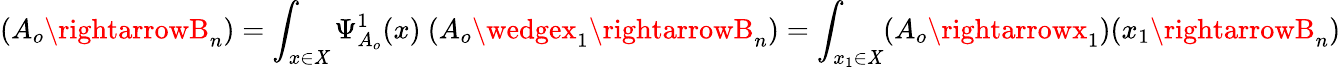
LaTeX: (A_{o}\rightarrowB_{n})=\int_{x\in\mathit{X}}\Psi_{A_{o}}^{1}(x)\ (A_{o}\wedgex_{1}\rightarrowB_{n})=\int_{x_{1}\in\mathit{X}}(A_{o}\rightarrowx_{1})(x_{1}\rightarrowB_{n})